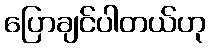
ပြောချင်ပါတယ်ဟု